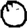
Digit: 0